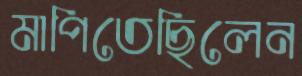
মাপিতেছিলেন